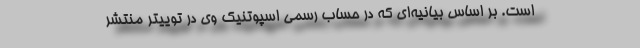
است. بر اساس بیانیه‌ای که در حساب رسمی اسپوتنیک وی در توییتر منتشر